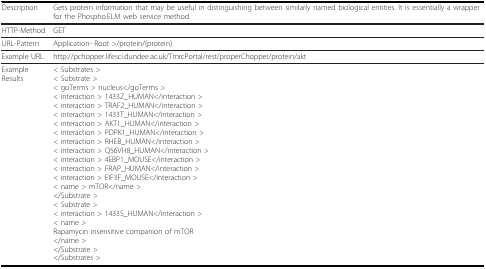
<table><thead><tr><td><b>Description</b></td><td><b>Gets protein information that may be useful in distinguishing between similarly named biological entities. It is essentially a wrapper for the Phospho.ELM web service method.</b></td></tr></thead><tbody><tr><td>HTTP-Method</td><td>GET</td></tr><tr><td>URL-Pattern</td><td>Application- Root &gt;/protein/{protein}</td></tr><tr><td>Example URL</td><td>http://pchopper.lifesci.dundee.ac.uk/TmrcPortal/rest/properChopper/protein/akt</td></tr><tr><td>Example Results</td><td>&lt; Substrates &gt;&lt; Substrate &gt;&lt; goTerms &gt; nucleus&lt;/goTerms &gt;&lt; interaction &gt; 1433Z_HUMAN&lt;/interaction &gt;&lt; interaction &gt; TRAF2_HUMAN&lt;/interaction &gt;&lt; interaction &gt; 1433T_HUMAN&lt;/interaction &gt;&lt; interaction &gt; AKT1_HUMAN&lt;/interaction &gt;&lt; interaction &gt; PDPK1_HUMAN&lt;/interaction &gt;&lt; interaction &gt; RHEB_HUMAN&lt;/interaction &gt;&lt; interaction &gt; Q56VH8_HUMAN&lt;/interaction &gt;&lt; interaction &gt; 4EBP1_MOUSE&lt;/interaction &gt;&lt; interaction &gt; FRAP_HUMAN&lt;/interaction &gt;&lt; interaction &gt; EIF3F_MOUSE&lt;/interaction &gt;&lt; name &gt; mTOR&lt;/name &gt;&lt;/Substrate &gt;&lt; Substrate &gt;&lt; interaction &gt; 1433S_HUMAN&lt;/interaction &gt;&lt; name &gt;Rapamycin insensitive companion of mTOR&lt;/name &gt;&lt;/Substrate &gt;&lt;/Substrates &gt;</td></tr></tbody></table>